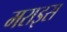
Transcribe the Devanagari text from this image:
मराइस